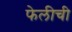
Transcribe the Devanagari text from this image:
फेलीची